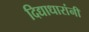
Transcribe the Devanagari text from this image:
दिद्याधारांनी